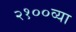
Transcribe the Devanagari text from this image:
२१००व्या